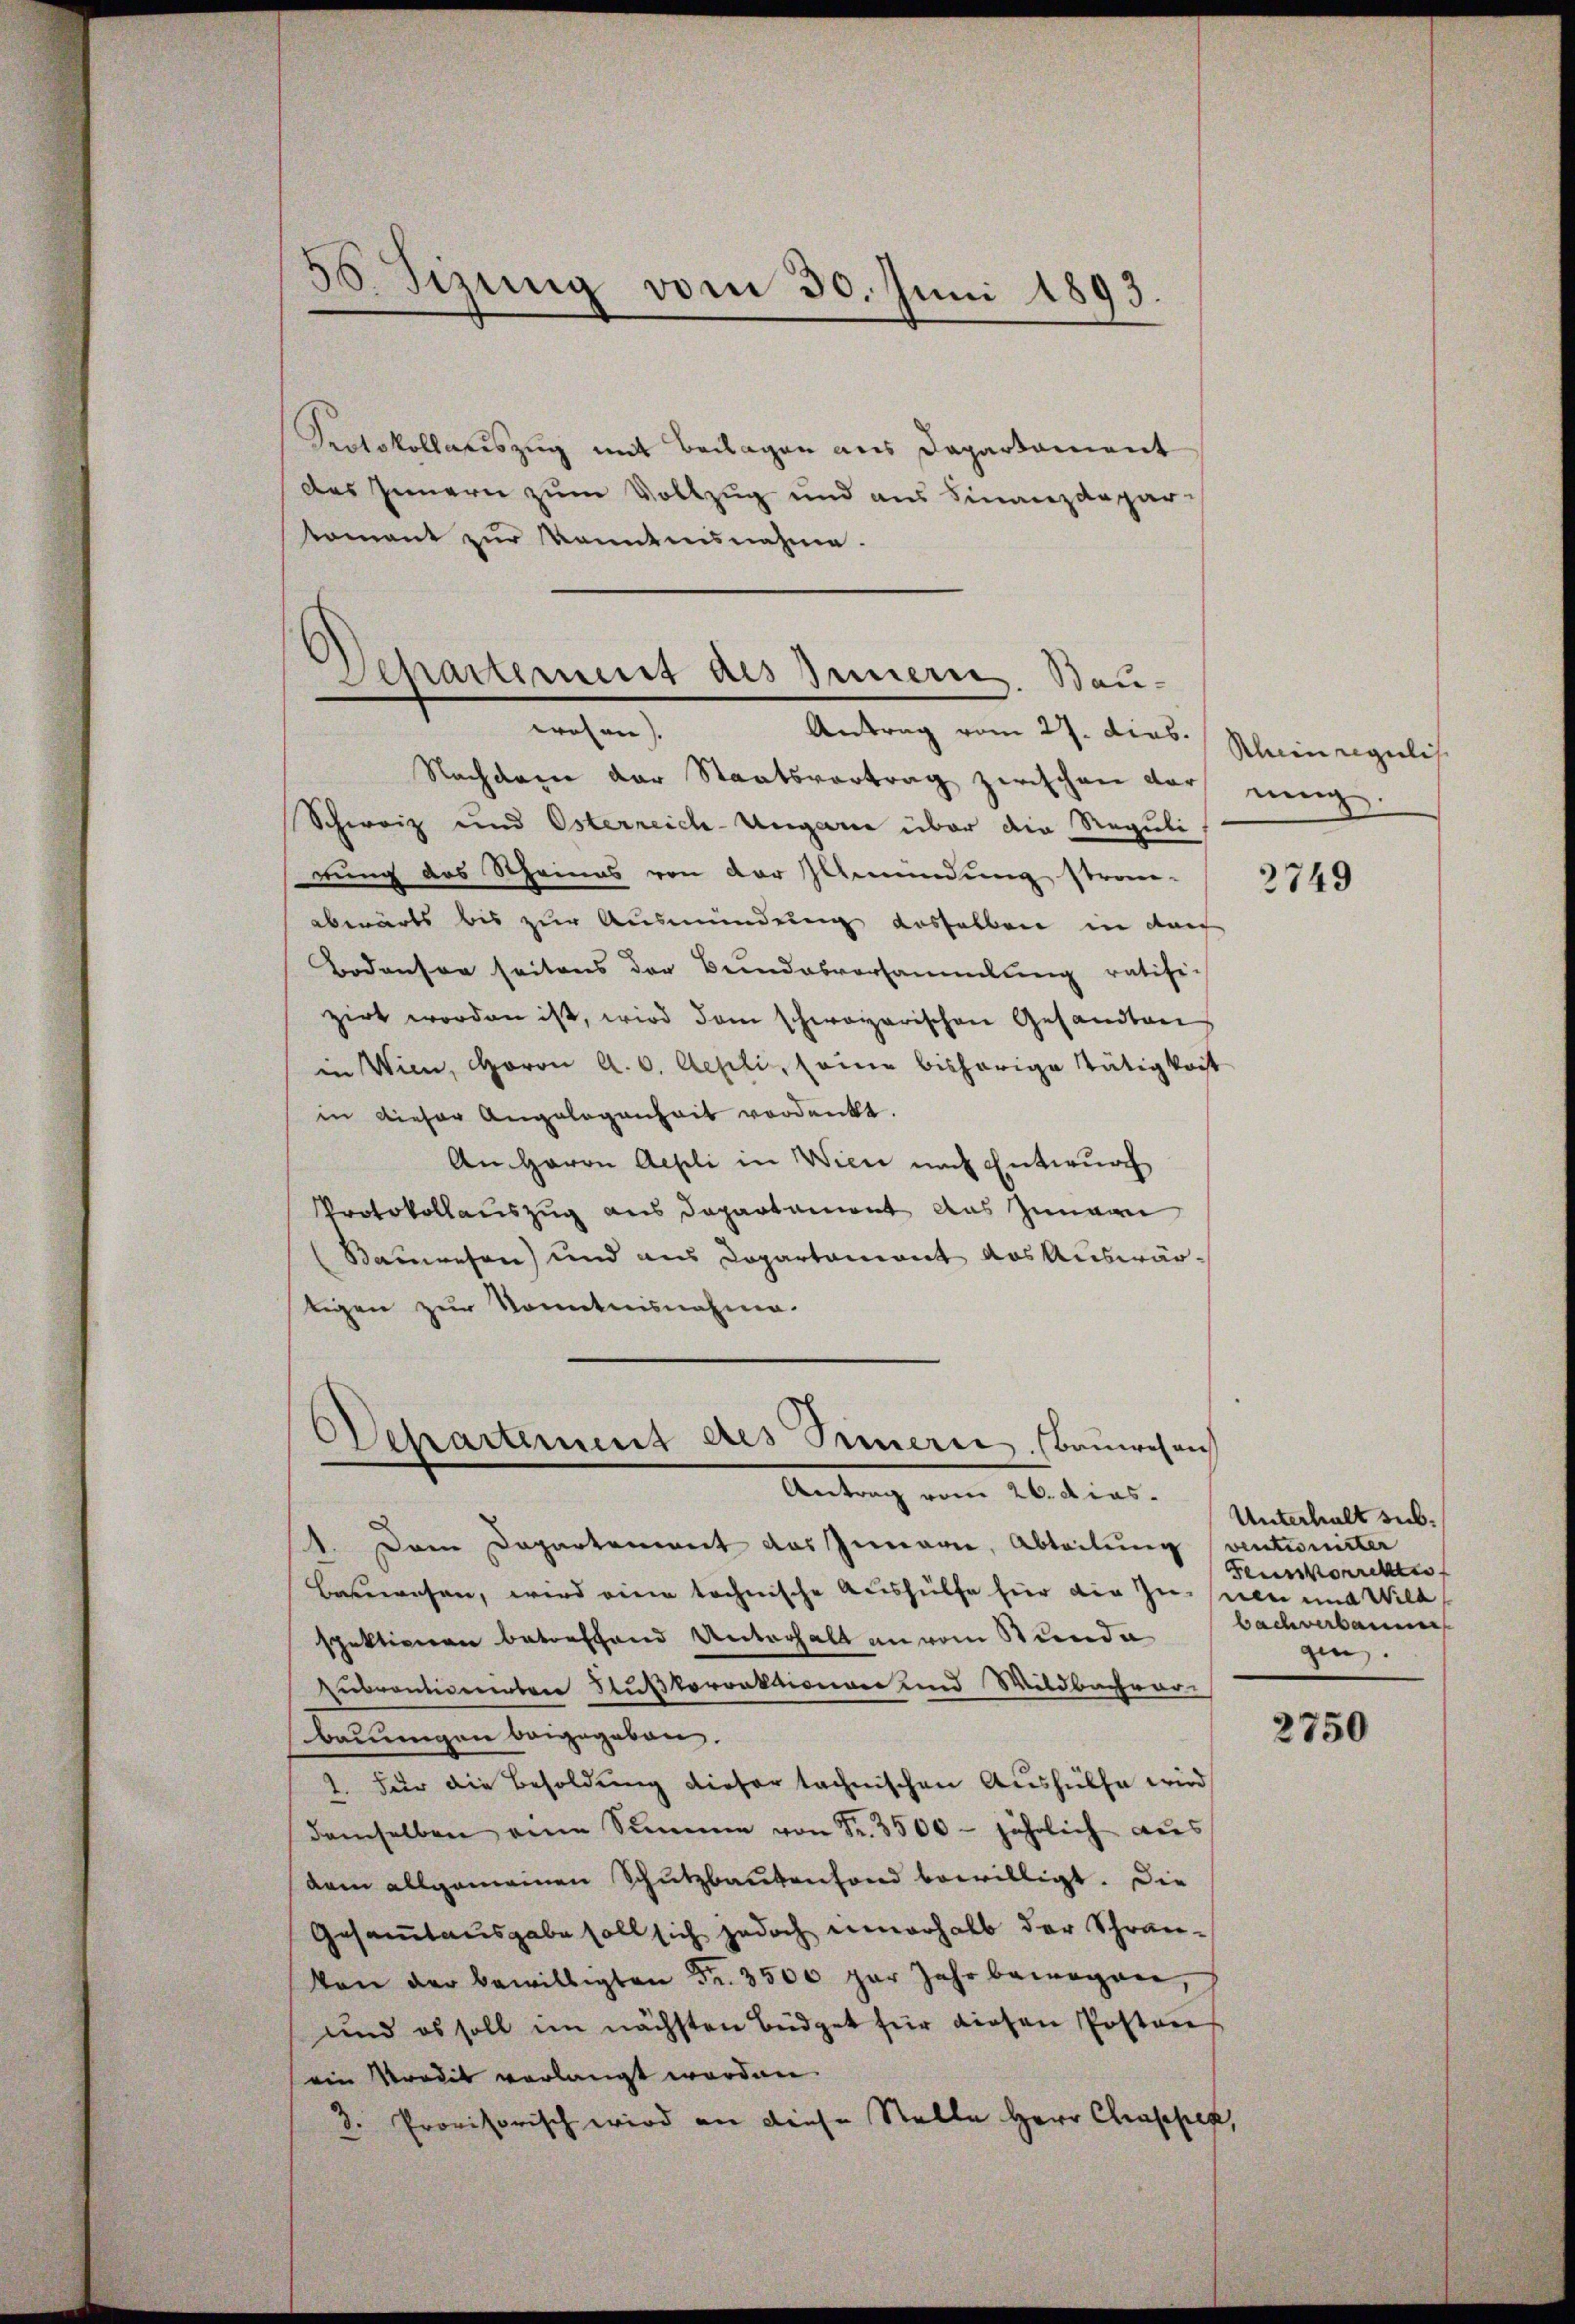
s
8. Sizung vom 30. Juni 1893.

Protokollauszug mit Beilagen aus Departament
des Innern zum Vollzug und aus Finanzdepar-
tomant zur kanntensnahme.

Separtement des Innern. Bauwesen.
Antrag vom 27. dies.

Nachdem der Staatsvertrag zwischen doch einig
Schweiz und Osterreich-Ungarie über die Reguli
rung das Scheines von der Gemündung stren-
abwärts bis zur Ausmündung desselben in der
Bodensen seitens der Bundesversammlung ratific
zirt worden ist, wird dem schweizerischen Gesandten
in Wien, Horon A. v. Aehli, seine bisherige Tätigkeit
in dieser Angelegenheit verdankt.
An Herrn Aepli in Wien nach Entwurf
Protokollauszug aus Departament aus Zumann
Bauwesen) und aus Departament das Auswärtigen zur Kenntnisnahme.

Departement des Innern, Bauwesen
Antrag vom 26. dies.

1. Dem Departement das Innern, Abteilung (ventionister
Bauwesen, wird eine technische Aushülfe hier die Zusen und Wild
spektionen betreffend Unterhalt an vom Stunde
zubrantierentrer Flußkorrektionen und Wildbachverbauungen beigegeben.
1. Für die Besoldung dieser technischen Aushülfe wird
demselben eine Summe von Fr. 3500 - jährlich aus
dam allgemeinen Schutzbautenfond bewilligt. Die
Gesammtausgabe soll sich jedoch innerhalb der Schran¬
Von der bewilligten Fr. 3500 par Jahr bewogen,
und es soll im nächsten Büdget für diesen Postens
ein Predit verlangt worden.
3. Provisorisch wird an diese Stelle Herr Chappen,

Klein regulis

3749

Unterhalt sub.
Feusskorrekti
bach verbaume
gen.

2750